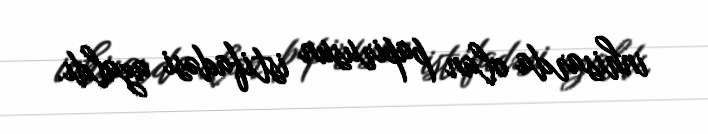
inhisarda olan papirusun istifadəsi azaldı.